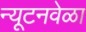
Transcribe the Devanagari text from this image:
न्यूटनवेळा